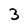
Character: 3